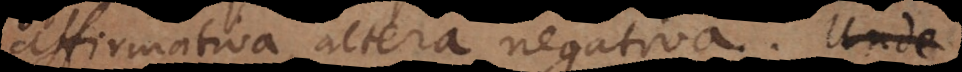
affirmativa, altera negativa. Atqu